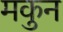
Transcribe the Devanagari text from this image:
मकुन